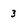
Character: 3